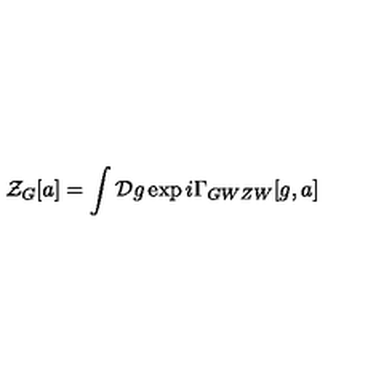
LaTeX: { \cal Z } _ { G } [ a ] = \int { \cal D } g \exp { i \Gamma _ { G W Z W } [ g , a ] }